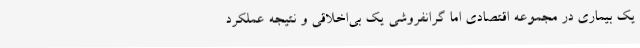
یک بیماری در مجموعه اقتصادی اما گرانفروشی یک بی‌اخلاقی‌ و نتیجه عملکرد